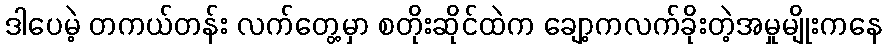
ဒါပေမဲ့ တကယ်တန်း လက်တွေ့မှာ စတိုးဆိုင်ထဲက ချော့ကလက်ခိုးတဲ့အမှုမျိုးကနေ